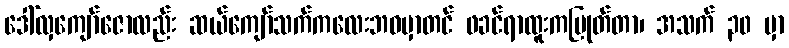
ဒေါ်လှကျော်ဇောလည်း ဆယ်ကျော်သက်ကလေးဘဝမှာတင် ဖခင်ရာထူးကပြုတ်တာ၊ အသက် ၃၀ မှာ